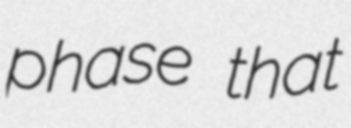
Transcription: phase that